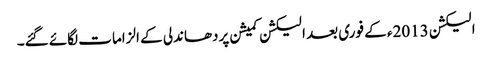
الیکشن 2013ء کے فوری بعد الیکشن کمیشن پردھاندلی کے الزامات لگائے گئے۔